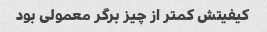
کیفیتش کمتر از چیز برگر معمولی بود